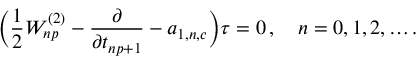
\biggl ( { \frac { 1 } { 2 } } W _ { n p } ^ { ( 2 ) } - { \frac { \partial } { \partial t _ { n p + 1 } } } - a _ { 1 , n , c } \biggr ) \tau = 0 \, , \quad n = 0 , 1 , 2 , \ldots .